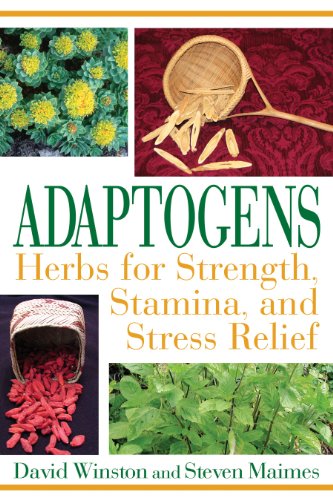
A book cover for Adaptogens: Herbs for Strength, Stamina, and Stress Relief; David Winston; Health, Fitness & Dieting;